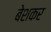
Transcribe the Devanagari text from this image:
बेशकर